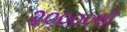
૨૦૦૦૦થી